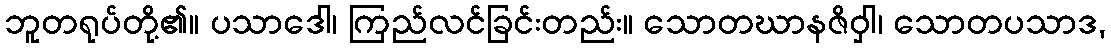
ဘူတရုပ်တို့၏။ ပသာဒေါ၊ ကြည်လင်ခြင်းတည်း။ သောတဃာနဇိဝှါ၊ သောတပသာဒ,